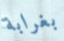
بغرابة